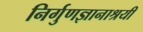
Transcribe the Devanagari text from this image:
निर्गुणज्ञानाश्रयी